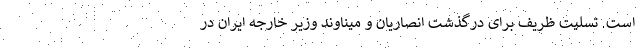
است. تسلیت ظریف برای درگذشت انصاریان و میناوند وزیر خارجه ایران در